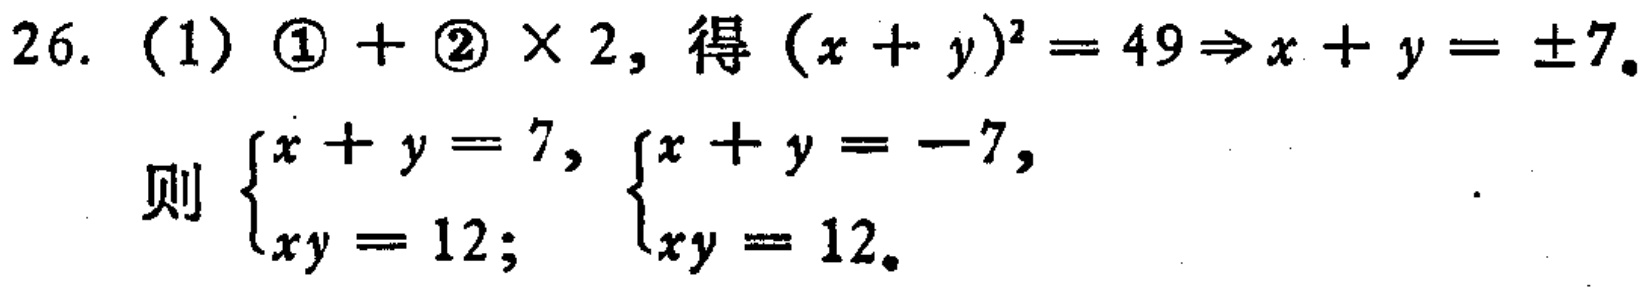
26. （1）$\textcircled{1} + \textcircled{2} \times 2$, 得 $(x + y)^2 = 49\Rightarrow x + y = \pm7$.
则 $\begin{cases}x + y = 7, \\xy = 12;\end{cases}$ $\begin{cases}x + y = -7, \\xy = 12.\end{cases}$